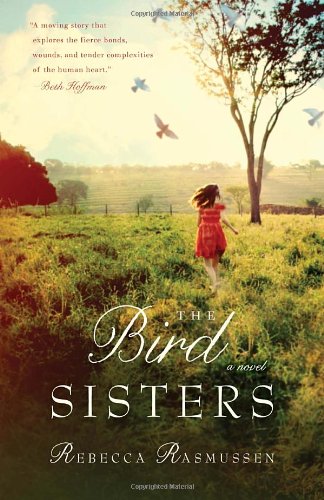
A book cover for The Bird Sisters: A Novel; Rebecca Rasmussen; Literature & Fiction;